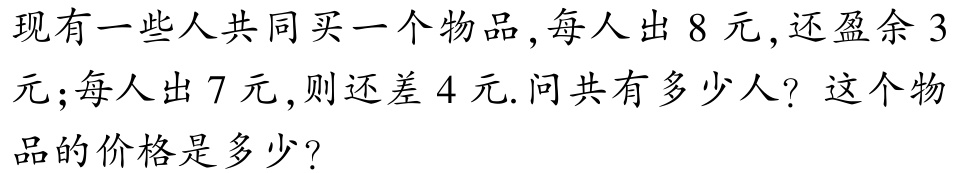
现有一些人共同买一个物品,每人出8元,还盈余3元;每人出7元,则还差4元.问共有多少人? 这个物品的价格是多少?